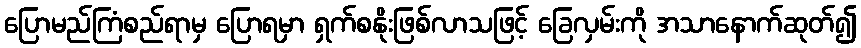
ပြောမည်ကြံစည်ရာမှ ပြောရမှာ ရှက်စနိုးဖြစ်လာသဖြင့် ခြေလှမ်းကို အသာနောက်ဆုတ်၍